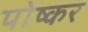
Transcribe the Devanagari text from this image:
पोष्कर